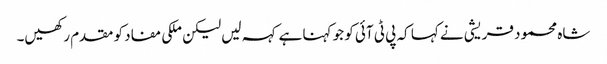
شاہ محمود قریشی نے کہا کہ پی ٹی آئی کو جو کہنا ہے کہہ لیں لیکن ملکی مفاد کو مقدم رکھیں۔